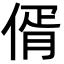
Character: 偦